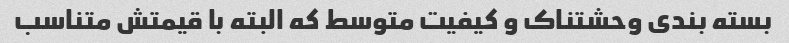
بسته بندی وحشتناک و کیفیت متوسط که البته با قیمتش متناسب